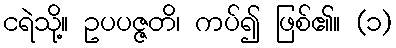
ငရဲသို့။ ဥပပဇ္ဇတိ၊ ကပ်၍ ဖြစ်၏။ (၁)